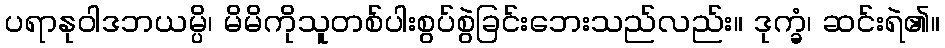
ပရာနုဝါဒဘယမ္ပိ၊ မိမိကိုသူတစ်ပါးစွပ်စွဲခြင်းဘေးသည်လည်း။ ဒုက္ခံ၊ ဆင်းရဲ၏။